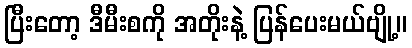
ပြီးတော့ ဒီမီးစကို အတိုးနဲ့ ပြန်ပေးမယ်ဗျို့။